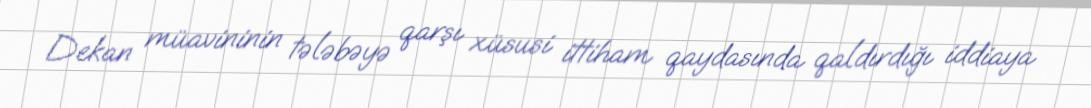
Dekan müavininin tələbəyə qarşı xüsusi ittiham qaydasında qaldırdığı iddiaya